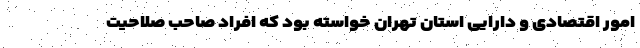
امور اقتصادی و دارایی استان تهران خواسته بود که افراد صاحب صلاحیت